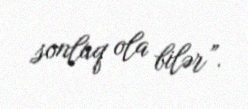
sonluq ola bilər”.